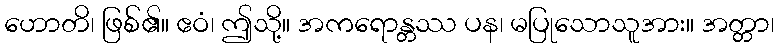
ဟောတိ၊ ဖြစ်၏။ ဧဝံ၊ ဤသို့။ အကရောန္တဿ ပန၊ မပြုသောသူအား။ အတ္တာ၊